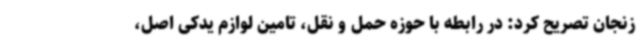
زنجان تصریح کرد: در رابطه با حوزه حمل و نقل، تامین لوازم یدکی اصل،